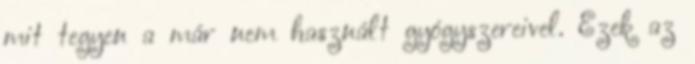
mit tegyen a már nem használt gyógyszereivel. Ezek az